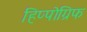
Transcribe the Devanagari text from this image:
हिप्पोग्रिफ